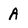
Character: A